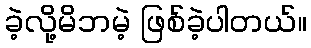
ခဲ့လို့မိဘမဲ့ ဖြစ်ခဲ့ပါတယ်။